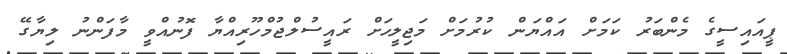
ޕީއައިސީގެ މެންބަރު ކަމަށް އައްޔަން ކުރުމަށް މަޖިލީހަށް ރައީސުލްޖުމްހޫރިއްޔާ ފޮނުއްވީ މާފަންނު ލިޔާގޭ